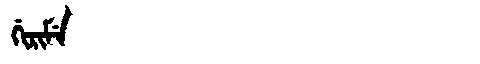
Manchu: ᡤᡳᡵᡳᠮᡝ
Romanization: GIRIME